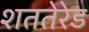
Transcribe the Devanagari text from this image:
शततेरेड